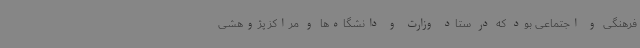
فرهنگی و اجتماعی بود که در ستاد وزارت و دانشگاه‌ها و مراکز پژوهشی